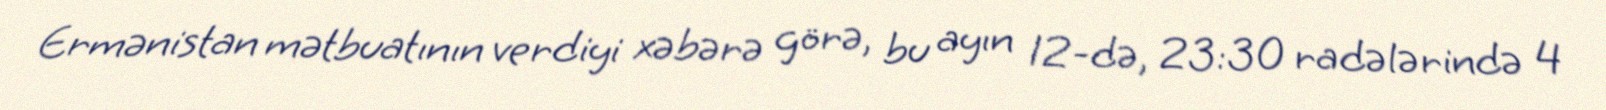
Ermənistan mətbuatının verdiyi xəbərə görə, bu ayın 12-də, 23:30 radələrində 4